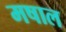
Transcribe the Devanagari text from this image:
मषाल